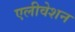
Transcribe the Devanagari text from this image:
एलीवेशन